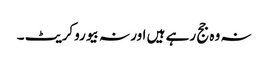
نہ وہ جج رہے ہیں اور نہ بیوروکریٹ ۔